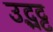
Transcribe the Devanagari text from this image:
उद्भट्ट